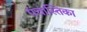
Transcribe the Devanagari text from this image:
पंचास्तिका